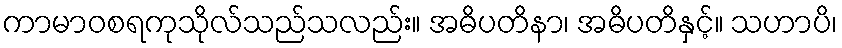
ကာမာဝစရကုသိုလ်သည်သလည်း။ အဓိပတိနာ၊ အဓိပတိနှင့်။ သဟာပိ၊